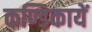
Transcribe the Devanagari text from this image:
कण्डिकायें